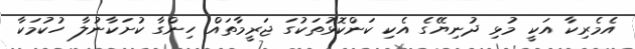
އެމެރިކާ އަކީ މުޅި ދުނިޔޭގެ އެކި ކަންކޮޅުތަކުގަ ޖަރީމާތައް ހިންގާ ކުށަކާނުލާ ހުކުމަކާ